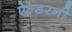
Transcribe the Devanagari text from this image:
ऐल्डरनी